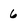
Character: 6